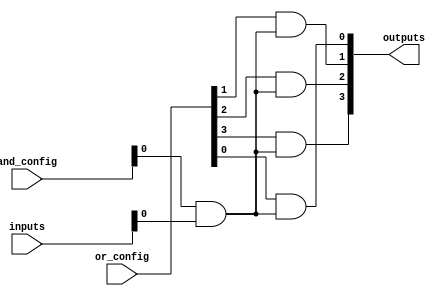
module PLA (
    input wire [N-1:0] inputs,     // N input signals
    input wire [M-1:0] and_config,  // Configuration for AND gates
    input wire [P-1:0] or_config,   // Configuration for OR gates
    output wire [Q-1:0] outputs      // Q output signals
);

parameter N = 4; // Number of inputs
parameter M = 8; // Number of product terms (AND gates)
parameter P = 4; // Number of output functions (OR gates)
parameter Q = 4; // Number of outputs

// Intermediate wires for product terms
wire [M-1:0] product_terms;

// AND Plane
genvar i, j;
generate
    for (i = 0; i < M; i = i + 1) begin : and_plane
        assign product_terms[i] = (and_config[i] & inputs); // AND operation based on configuration
    end
endgenerate

// OR Plane
generate
    for (j = 0; j < Q; j = j + 1) begin : or_plane
        assign outputs[j] = (or_config[j] & product_terms); // OR operation based on configuration
    end
endgenerate

endmodule